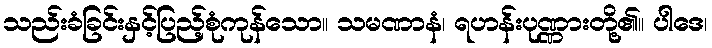
သည်းခံခြင်းနှင့်ပြည့်စုံကုန်သော။ သမဏာနံ၊ ရဟန်းပုဏ္ဏားတို့၏။ ပါဒေ၊